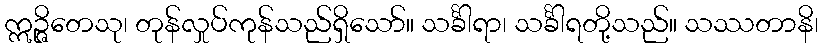
ဣဉ္ဇိတေသု၊ တုန်လှုပ်ကုန်သည်ရှိသော်။ သင်္ခါရာ၊ သင်္ခါရတို့သည်။ သဿတာနိ၊